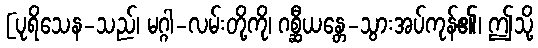
[ပုရိသေန-သည်၊ မဂ္ဂါ-လမ်းတို့ကို၊ ဂစ္ဆီယန္တေ-သွားအပ်ကုန်၏၊ ဤသို့